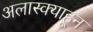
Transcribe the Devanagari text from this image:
अलास्क्याहून